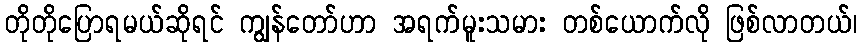
တိုတိုပြောရမယ်ဆိုရင် ကျွန်တော်ဟာ အရက်မူးသမား တစ်ယောက်လို ဖြစ်လာတယ်၊